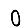
Digit: 0